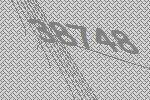
38748